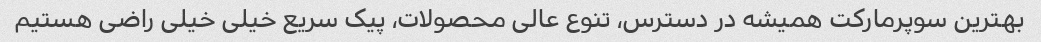
بهترین سوپرمارکت همیشه در دسترس، تنوع عالی محصولات، پیک سریع خیلی خیلی راضی هستیم